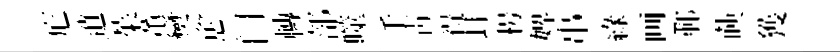
庀逍茱薫𤓖愈门轉部噬手靑得耳枵婢串綠画鄆𦴤獲